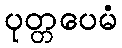
ပုတ္တပေမံ